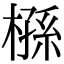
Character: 槂